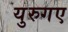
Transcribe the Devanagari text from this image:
युरुगए